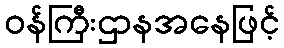
ဝန်ကြီးဌာနအနေဖြင့်